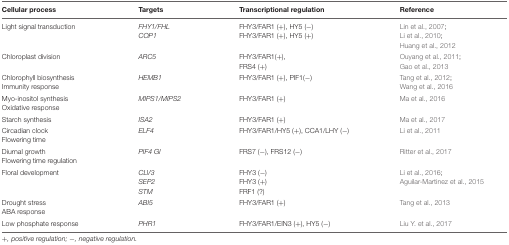
<table><thead><tr><td><b>Cellular process</b></td><td><b>Targets</b></td><td><b>Transcriptional regulation</b></td><td><b>Reference</b></td></tr></thead><tbody><tr><td>Light signal transduction</td><td><i>FHY1/FHL</i><i>COP1</i></td><td>FHY3/FAR1 (+), HY5 (-)FHY3/FAR1 (+), HY5 (+)</td><td>Lin et al., 2007;Li et al., 2010;Huang et al., 2012</td></tr><tr><td>Chloroplast division</td><td><i>ARC5</i></td><td>FHY3/FAR1(+),FRS4 (+)</td><td>Ouyang et al., 2011;Gao et al., 2013</td></tr><tr><td>Chlorophyll biosynthesisImmunity response</td><td><i>HEMB1</i></td><td>FHY3/FAR1 (+), PIF1(-)</td><td>Tang et al., 2012;Wang et al., 2016</td></tr><tr><td>Myo-inositol synthesisOxidative response</td><td><i>MIPS1/MIPS2</i></td><td>FHY3/FAR1 (+)</td><td>Ma et al., 2016</td></tr><tr><td>Starch synthesis</td><td><i>ISA2</i></td><td>FHY3/FAR1 (+)</td><td>Ma et al., 2017</td></tr><tr><td>Circadian clockFlowering time</td><td><i>ELF4</i></td><td>FHY3/FAR1/HY5 (+), CCA1/LHY (-)</td><td>Li et al., 2011</td></tr><tr><td>Diurnal growthFlowering time regulation</td><td><i>PIF4 Gl</i></td><td>FRS7 (-), FRS12 (-)</td><td>Ritter et al., 2017</td></tr><tr><td>Floral development</td><td><i>CLV3</i><i>SEP2</i><i>STM</i></td><td>FHY3 (-)FHY3 (+)FRF1 (?)</td><td>Li et al., 2016;Aguilar-Martinez et al., 2015</td></tr><tr><td>Drought stressABA response</td><td><i>ABI5</i></td><td>FHY3/FAR1 (+)</td><td>Tang et al., 2013</td></tr><tr><td>Low phosphate response</td><td><i>PHR1</i></td><td>FHY3/FAR1/EIN3 (+), HY5 (-)</td><td>Liu Y. et al., 2017</td></tr></tbody></table>